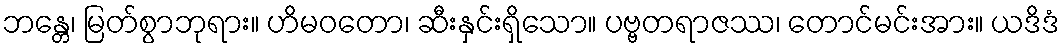
ဘန္တေ၊ မြတ်စွာဘုရား။ ဟိမဝတော၊ ဆီးနှင်းရှိသော။ ပဗ္ဗတရာဇဿ၊ တောင်မင်းအား။ ယဒိဒံ